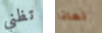
تظني لماذا